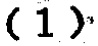
$(1)^3$